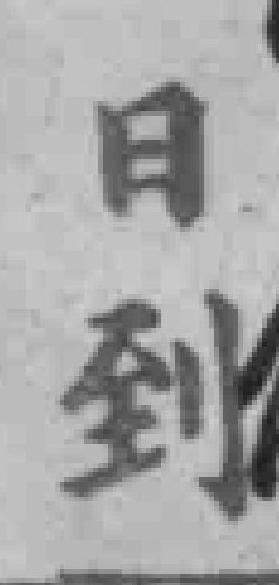
日到